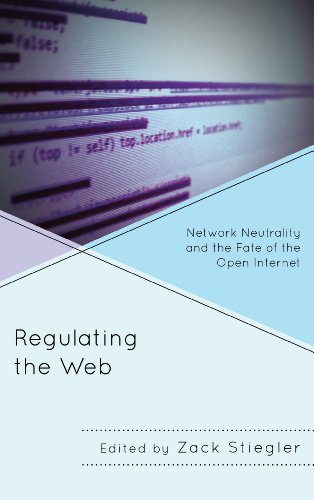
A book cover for Regulating the Web: Network Neutrality and the Fate of the Open Internet; Law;